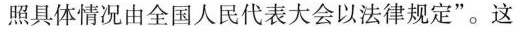
照具体情况由全国人民代表大会以法律规定”。这